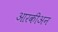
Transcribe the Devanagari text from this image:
आरकीअन